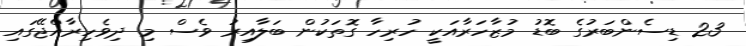
23 ޑިސެންބަރުގެ ބޮޑު މުޒާހަރާއަކީ ހުރިހާ ގޮތަކުން ބަލާއިރު ވެސް މި ދިވެހިރާއްޖޭގައި